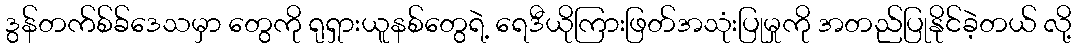
ဒွန်တက်စ်ခ်ဒေသမှာ တွေကို ရုရှားယူနစ်တွေရဲ့ ရေဒီယိုကြားဖြတ်အသုံးပြုမှုကို အတည်ပြုနိုင်ခဲ့တယ် လို့